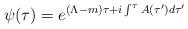
LaTeX: \begin{align*}\psi(\tau)=e^{(\Lambda-m)\tau+i\int^\tau A(\tau^\prime)d\tau^\prime}\end{align*}